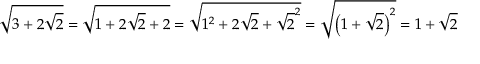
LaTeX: { \sqrt { 3 + 2 { \sqrt { 2 } } } } = { \sqrt { 1 + 2 { \sqrt { 2 } } + 2 } } = { \sqrt { 1 ^ { 2 } + 2 { \sqrt { 2 } } + { \sqrt { 2 } } ^ { 2 } } } = { \sqrt { \left( 1 + { \sqrt { 2 } } \right) ^ { 2 } } } = 1 + { \sqrt { 2 } }